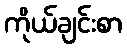
ကိုယ်ချင်းစာ